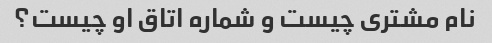
نام مشتری چیست و شماره اتاق او چیست؟